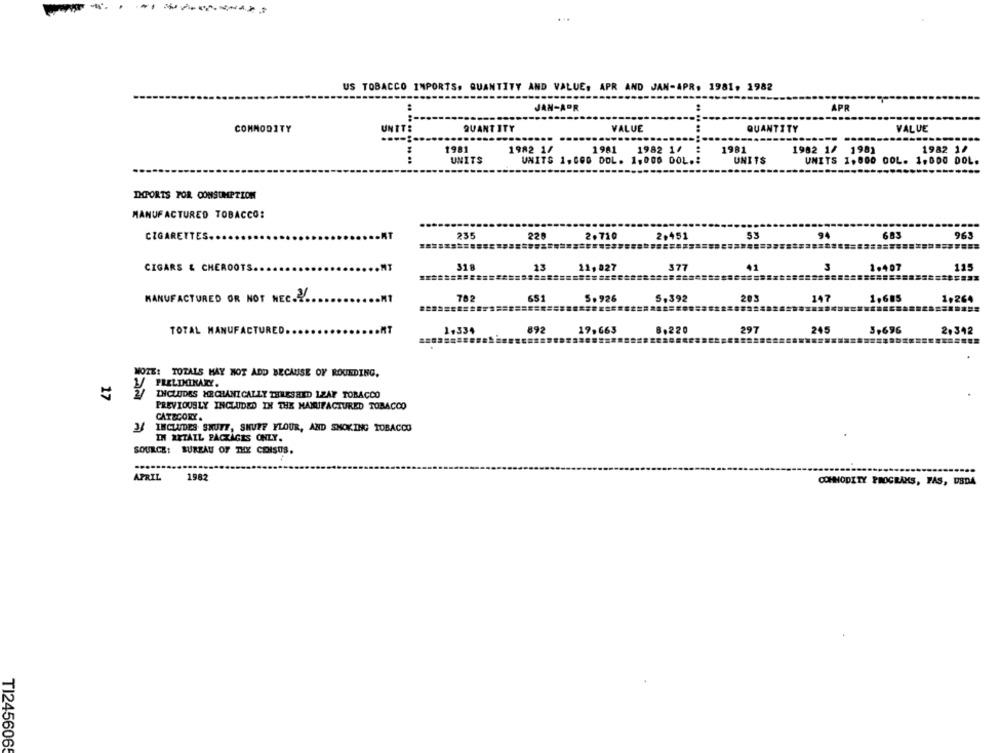
...
US TOBACCO IMPORTS. QUANTITY AND VALUE. APR AND JAN-APR. 1981, 1982
APR
JAN-APR
COMMODITY
UNTT:
.. ..
QUANTITY
VALUE
QUANTITY
VALUE
1981
1982 1/
1981
1982 1/
..
1981
1982 1/ 1981
1982 1/
UNITS
UNITS 1,GOO DOL. 1,000 DOL .:
UNITS
UNITS 1,800 00L. 1,000 DOL.
IMPORTS FOR CONSUMPTION
MANUFACTURED TOBACCO:
235
53
683
963
CIGARETTES.
228
2.710
2,451
94
CIGARS & CHEROOTS.
318
23
21, 827
377
41
3
1.407
115
MANUFACTURED OR NOT NEC.2.
762
651
5.926
S.392
203
147
1,685
1,264
TOTAL MANUFACTURED.
1.334
892
19,663
8,220
297
245
3,696
2,342
MOTE: TOTALS HAY NOT ADD BECAUSE OF ROUEDING.
2/ FRELDMINARY.
17
INCLUDES MECHANICALLY THRESHED 12AF TOBACCO
PREVIOUSLY INCLUDED IN THE MANUFACTURED TOBACCO
CATEGORY.
INCLUDES SKUTT, SKUTE FLOUR, AND SMOKING TOBACCO
IN RETAIL PACKAGES ONLY.
SOURCE: BUREAU OF THE COISUS.
APRIL
1982
COMMODITY PROGRAMS, PAS, USDA
TI2456065